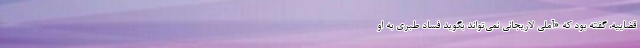
قضاییه، گفته بود که «آملی لاریجانی نمی‌تواند بگوید فساد طبری به او